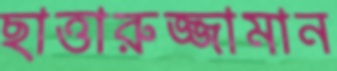
ছাত্তারুজ্জামান